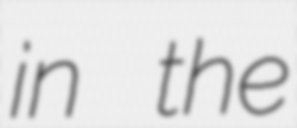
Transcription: in the